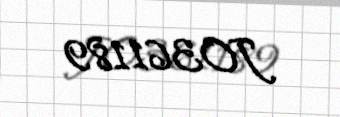
JO361189